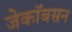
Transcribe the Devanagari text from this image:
जेकॉबसन